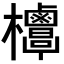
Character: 𣡣